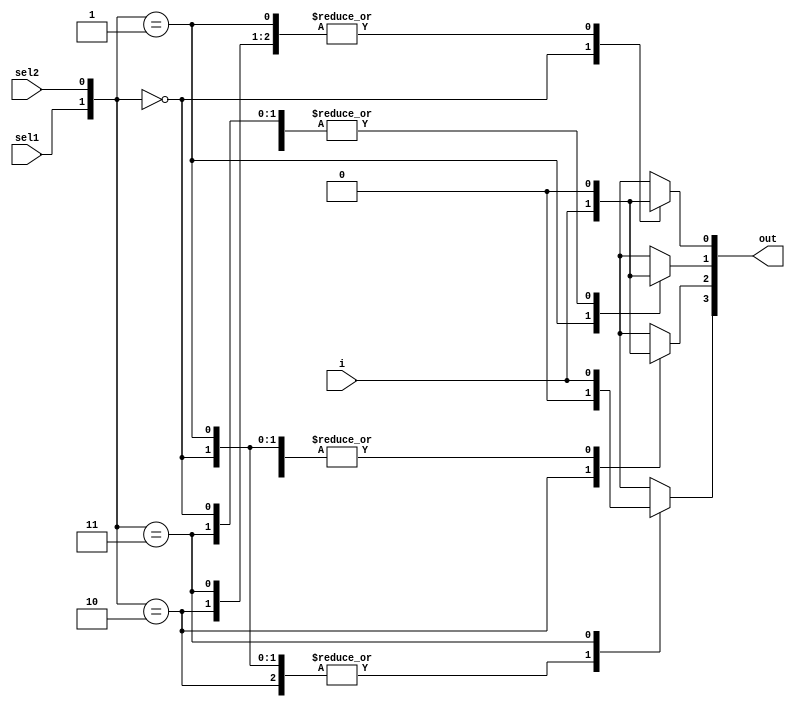
//1:4 demultiplexer constructed using behavioural modelling

module Demultiplexer_1x4_BM(
input i, sel1, sel2,
output reg [3:0]out
    );
    always @(*) begin
    case({sel1 , sel2}) 
    2'b00 : begin 
    out[0]=i;
    out[1]=0;
    out[2]=0;
    out[3]=0;
    end
    2'b01 : begin 
    out[0]=0;
    out[1]=i;
    out[2]=0;
    out[3]=0;
    end
    2'b10 : begin 
    out[0]=0;
    out[1]=0;
    out[2]=i;
    out[3]=0;
    end
    2'b11 : begin 
    out[0]=0;
    out[1]=0;
    out[2]=0;
    out[3]=i;
    end
    default: begin out=0;
    end
    endcase
    end
endmodule